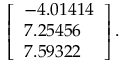
\left[ \begin{array} { l } { - 4 . 0 1 4 1 4 } \\ { 7 . 2 5 4 5 6 } \\ { 7 . 5 9 3 2 2 } \end{array} \right] .